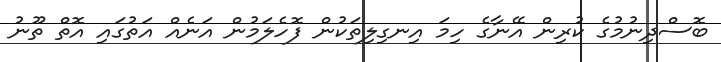
ބޮސްދިނުމުގެ ކުރިން އޭނާގެ ހިމަ އިނގިލިތަކުން ފޮހެލަމުން އަނެއް އަތުގައި އޮތް ތޫނު